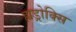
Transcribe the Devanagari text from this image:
ह्यड्रोक्सि